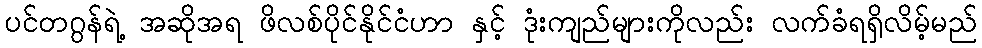
ပင်တဂွန်ရဲ့ အဆိုအရ ဖိလစ်ပိုင်နိုင်ငံဟာ နှင့် ဒုံးကျည်များကိုလည်း လက်ခံရရှိလိမ့်မည်